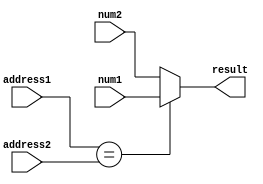
module two_way_add_cmp(address1,address2,num1,num2,result);
	input [4:0] address1,address2;
	input [31:0] num1,num2;
	output [31:0] result;

	assign result=(address1==address2)?num1:num2;

	endmodule